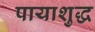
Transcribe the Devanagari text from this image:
पायाशुद्ध